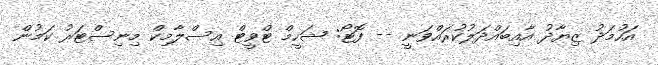
އަހުމަދު ޒިޔާދު އާއިބައްދަލުކުރައްވަނީ -- ފޮޓޯ: ޝަހީމް ޓްވީޓް އިސްލާމިކް މިނިސްޓަރު ކަމުން